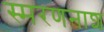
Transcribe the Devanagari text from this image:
स्मरणनाश